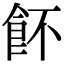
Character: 䬪